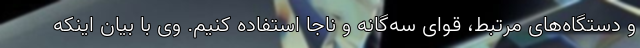
و دستگاه‌های مرتبط، قوای سه‌گانه و ناجا استفاده کنیم. وی با بیان اینکه